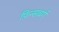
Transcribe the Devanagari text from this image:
फ़िन्सबर्ग